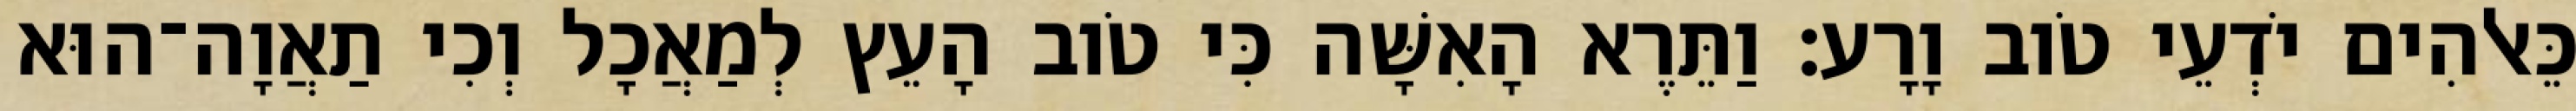
כֵּאלֹהִים יֹדְעֵי טֹוב וָרָע׃ וַתֵּרֶא הָאִשָּׁה כִּי טֹוב הָעֵץ לְמַאֲכָל וְכִי תַאֲוָה־הוּא